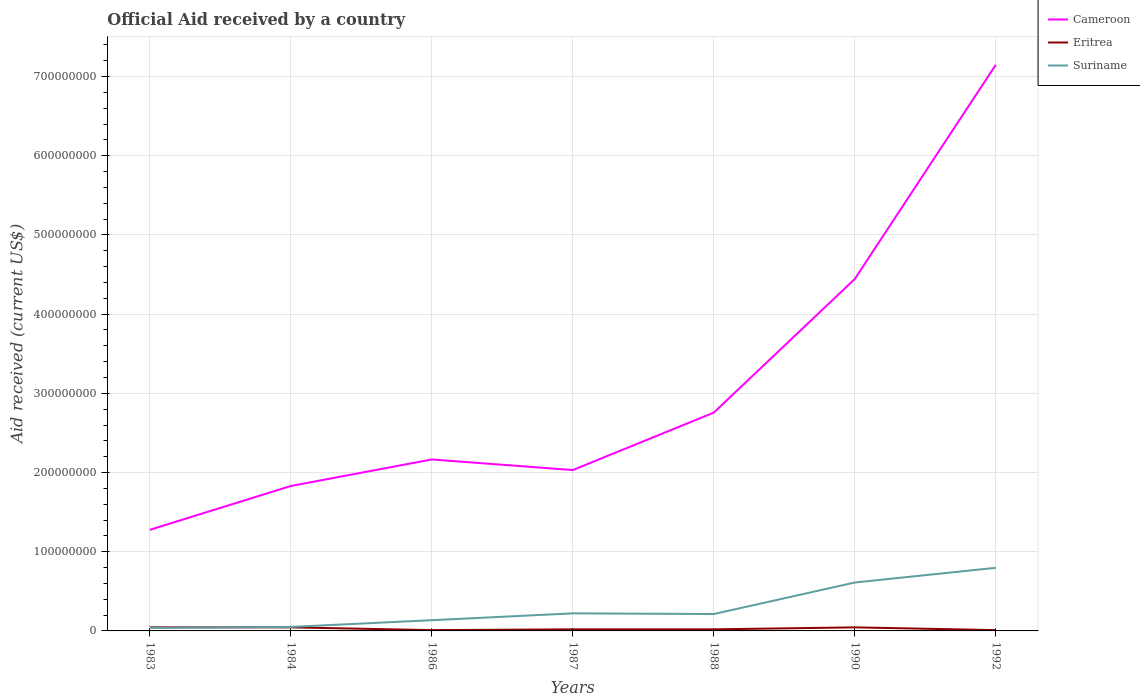
| Years | Cameroon | Eritrea | Suriname |
 | --- | --- | --- | --- |
 | 1983 | 1.28e+08 | 4.5e+06 | 3.82e+06 |
 | 1984 | 1.83e+08 | 4.5e+06 | 5.06e+06 |
 | 1986 | 2.16e+08 | 1e+06 | 1.36e+07 |
 | 1987 | 2.03e+08 | 2e+06 | 2.22e+07 |
 | 1988 | 2.76e+08 | 2e+06 | 2.13e+07 |
 | 1990 | 4.44e+08 | 4.5e+06 | 6.11e+07 |
 | 1992 | 7.15e+08 | 1e+06 | 7.97e+07 |